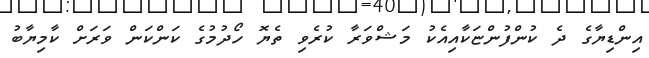
އިންޑިޔާގެ ދެ ކުންފުންޏަކާއިއެކު މަޝްވަރާ ކުރެވި ތެޔޮ ހޯދުމުގެ ކަންކަން ވަރަށް ކާމިޔާބު